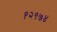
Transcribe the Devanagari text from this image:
१२९७४